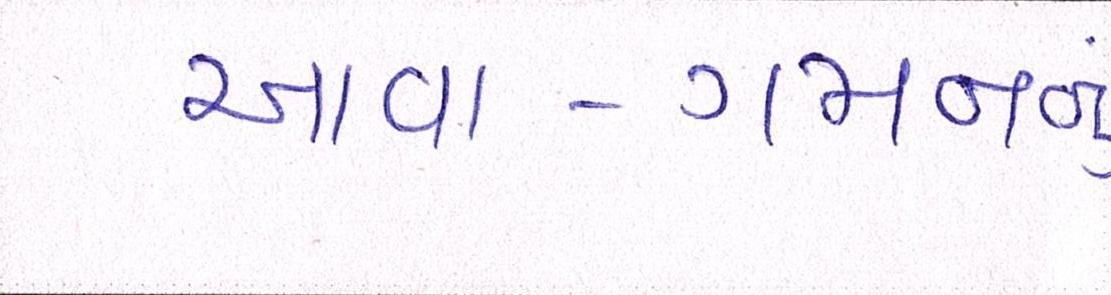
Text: આવા-ગમનનું